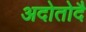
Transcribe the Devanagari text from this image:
अदोतोदै